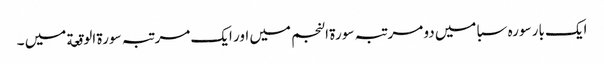
ایک بار سورہ سبا میں دو مر تبہ سورة النجم میں اور ایک مرتبہ سورة الوقعة میں ۔